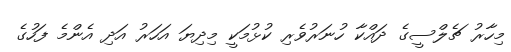
މިހާރު ޗެލްސީގެ ދައްކާ ހުނަރުވެރި ކުޅުމަކީ މިދިޔަ އަހަރު އަދި އެންމެ ފަހުގެ